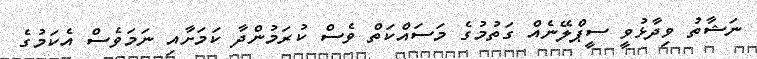
ނަޝާތު ވިދާޅުވީ ސީޕްލޭނެއް ގަތުމުގެ މަސައްކަތް ވެސް ކުރަމުންދާ ކަމަށާއި ނަަމަވެސް އެކަމުގެ